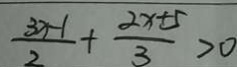
\frac { 3 x - 1 } { 2 } + \frac { 2 x \pm 5 } { 3 } > 0